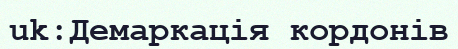
uk:Демаркація кордонів